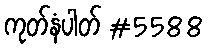
ကုတ်နံပါတ် #5588